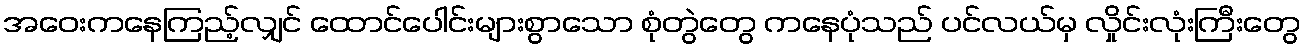
အဝေးကနေကြည့်လျှင် ထောင်ပေါင်းများစွာသော စုံတွဲတွေ ကနေပုံသည် ပင်လယ်မှ လှိုင်းလုံးကြီးတွေ